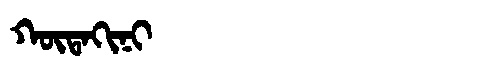
Manchu: ᡴᡡᡨᠠᡴᡳᠨᡳ
Romanization: KŪTAKINI